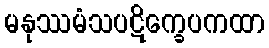
မနုဿမံသပဋိက္ခေပကထာ